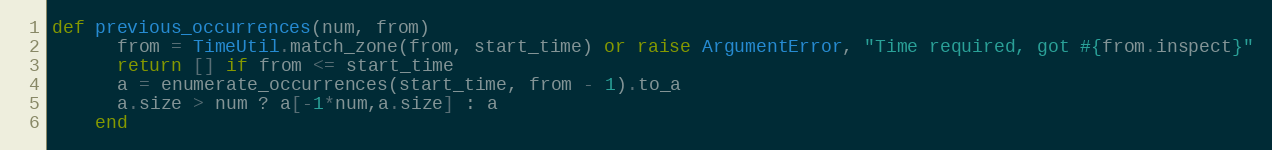
Language: Ruby
def previous_occurrences(num, from)
      from = TimeUtil.match_zone(from, start_time) or raise ArgumentError, "Time required, got #{from.inspect}"
      return [] if from <= start_time
      a = enumerate_occurrences(start_time, from - 1).to_a
      a.size > num ? a[-1*num,a.size] : a
    end